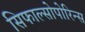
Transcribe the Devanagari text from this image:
सिफाल्सोपोरिन्स